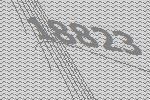
18823